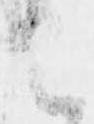
之